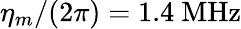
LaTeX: \eta_{m}/(2\pi)=1.4~\mathrm{MHz}